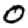
Digit: 0